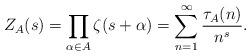
LaTeX: \begin{align*}Z_A(s)=\prod_{\alpha \in A} \zeta(s+\alpha) =\sum_{n=1}^\infty \frac{\tau_A(n)}{n^s}.\end{align*}